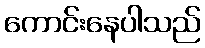
ကောင်းနေပါသည်